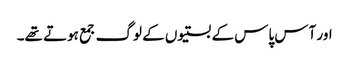
اور آس پاس کے بستیوں کے لوگ جمع ہوتے تھے۔